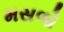
મસળો